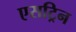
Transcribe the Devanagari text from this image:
एसट्रिन